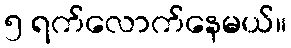
၅ ရက်လောက်နေမယ်။